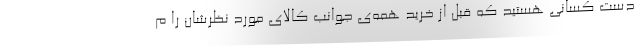
دست کسانی هستید که قبل از خرید همه‌ی جوانب کالای مورد نظرشان را م